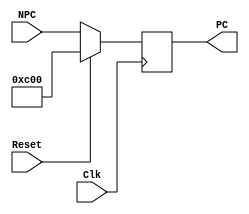
module pc(NPC,Clk,Reset,PC);
	input[31:2]NPC;
	input Clk;
	input Reset;
	output reg [31:2] PC;
	
	always @(posedge Clk)
	begin
		if (Reset == 1) 
			PC <= 30'b0000_0000_0000_0000_0011_0000_0000_00;
		else PC <= NPC;
	end
endmodule